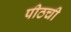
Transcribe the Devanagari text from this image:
पीठची